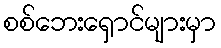
စစ်ဘေးရှောင်များမှာ